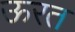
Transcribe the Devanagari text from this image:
ऊरत